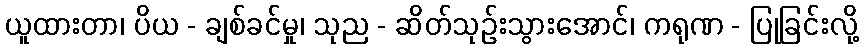
ယူထားတာ၊ ပိယ - ချစ်ခင်မှု၊ သုည - ဆိတ်သုဉ်းသွားအောင်၊ ကရုဏ - ပြုခြင်းလို့